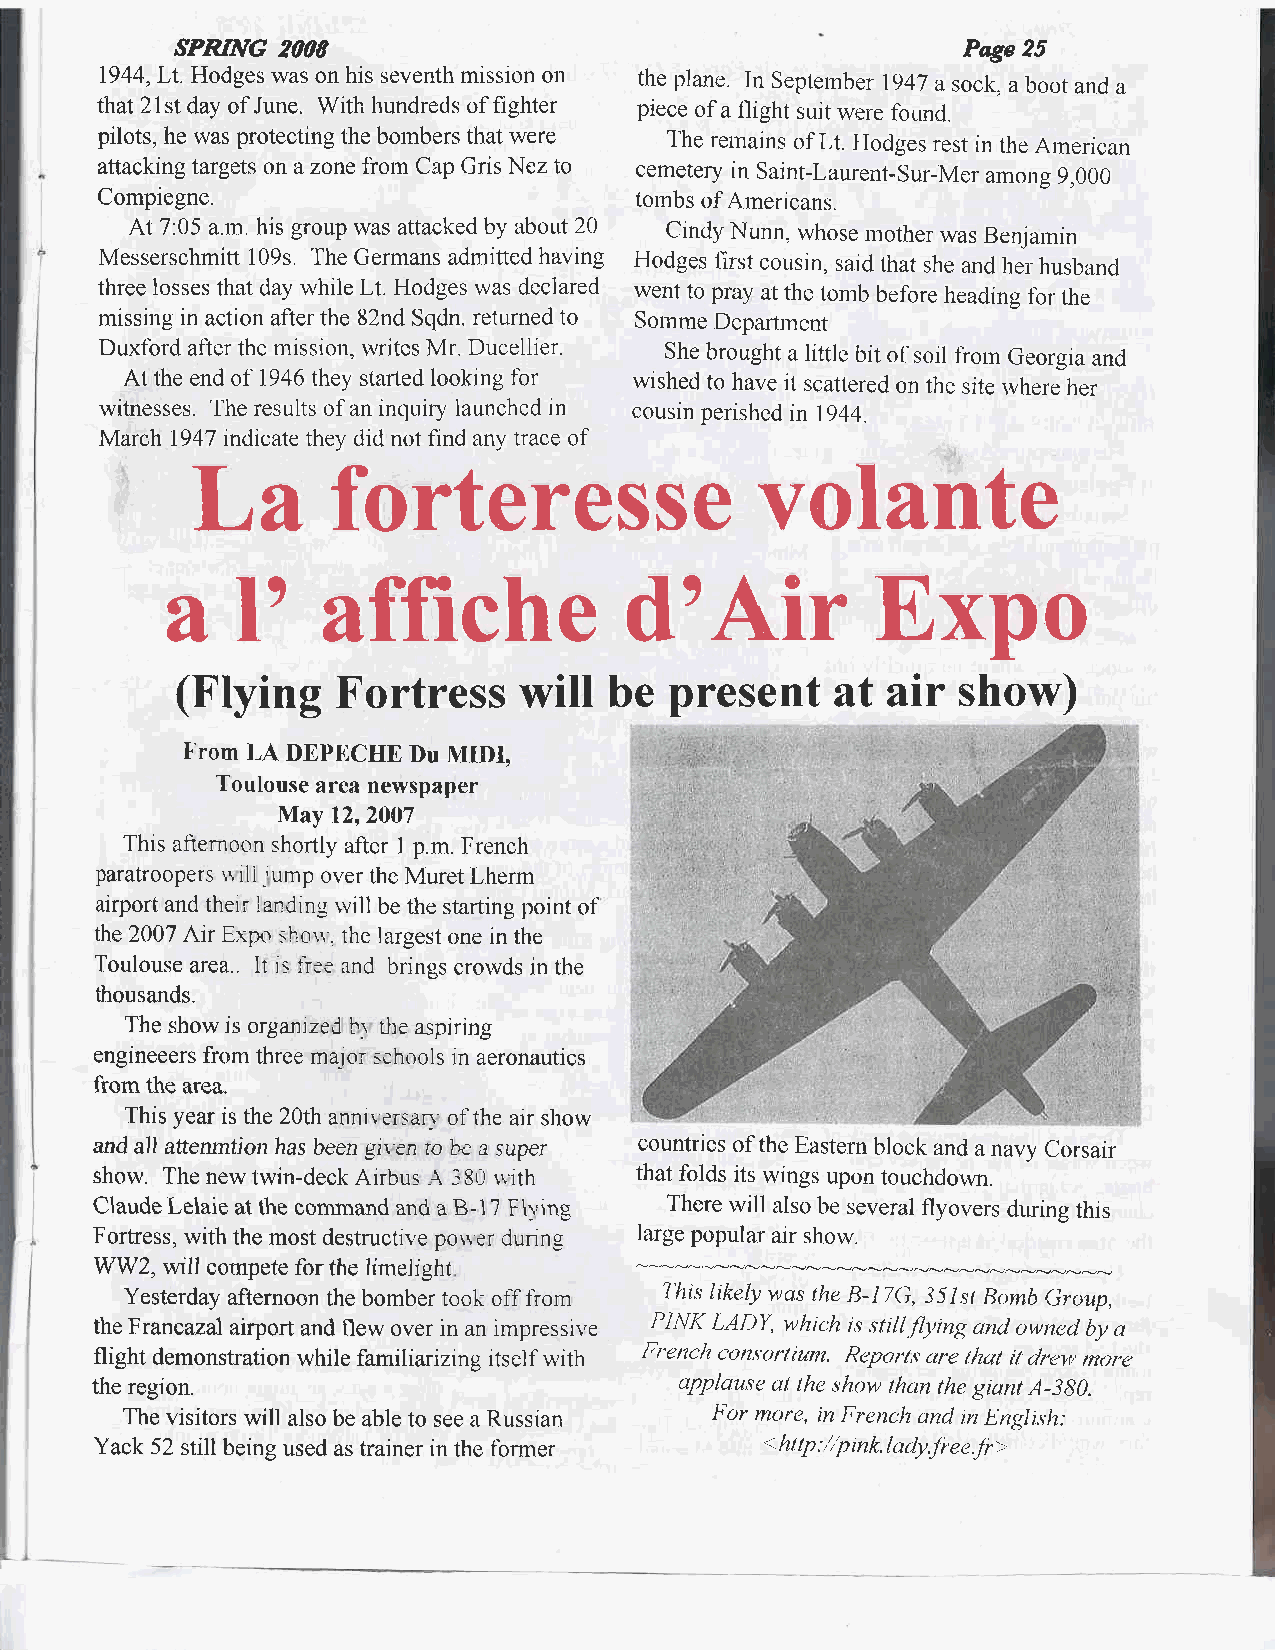
SPRING 2OO8                                         Page 25
 1944,Lt. Hodges was on his seventh mission on the plane. In Septernb er 1947 a sock, a boot and a
 that 21st day of June. With hundreds of fighter piece of a flight suit were found.
 pilots, he was protecting the bombers that were The rernains of Lt. Hodges rest in the Arnerican
 attacking targets on a zone frorn Cap Gris Nez to cemetery in SainFlaurent-Sur-Mer amons 9.000
 Compiegne.                         tornbs of Americans.
 At 7:05 a.rn. his group was attacked by about 20 Cindy Nunn, whose mother was Benjarnin
 Messerschmitt 109s. The Germans admitted having Hodges first cousin, said that she and her husband
 three losses that day while Lt. Hodges was declared went to pray at the tomb before headins for the
 missing in action after the 82nd Sqdn. returned to Sornme Deparlment
 Duxford after the mission. writes Mr. Ducellier. She brought a little bit of soil from Georgia and
 At the end of 1946 they started lookrng for wished to have it scattered on the site where her
 witnesses. The results of an inquiry launched tn cousin perished in 1944.
 March 1947 indicate they did not find any trace of
 La       forteresse                  volante
 l'
 d'Air
 affiche                              Expo
 a
 (Flying   Fortress    will  be  present    at  air  show)
 From LA DEPECHE Du MIDI.
 Toulouse area newspaper
 Nlay l2,2OO7
 This afternoon shortly after 1 p.m. French
 paratroopers ri rli 'ump over the Muret Lherm
 airport and therr Iandins rvill be the starting point of
 the 2007 Air Exptr shou'. the largest one in the
 Toulouse area.. It is tiee and brinss crowds in the
 thousands.
 The show is organtzed L,i r}e aspin'ng
 engineeers from three maic-rr schools in aeronautics
 from the area.
 This year is the 20th anniversan of the air show
 and. all attenmtion has been gir en ro be a super countries of the Eastern block and a navy Corsair
 show. The new twin-deck Airbus \ 380 u'ith that folds its wings upon touchdown.
 Claude Lelaie at the command and a B-17 Flr,ing There will also be several flyovers during this
 Fortress, with the most destructive pou'e r dunng large popular air show.
 WWz, will compete forthe limelight
 Yesterday afternoon the bomber took otT from T'his likely wss the B-17G, 35Is( Bomb Group,
 the Francazal airport and flew over in an impressive PINK LADY, which is stitl.ftying and owned by a
 flight demonstration while familiarizing itself rvith French con,cot"tiunr. Reporl,r are t/ru| it dreu,, more
 the region.                            applause at the show than the giant A_3g0.
 The visitors will also be able to see a Russian For more, in Frenclz and in Engli,th:
 .
 Yack 52 still being used as trainer in the former ht tp : /ip ink. I ady.fi e e. fr >.